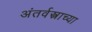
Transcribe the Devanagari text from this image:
अंतर्वस्त्राच्या